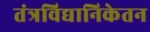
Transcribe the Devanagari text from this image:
तंत्रविद्यानिकेतन